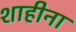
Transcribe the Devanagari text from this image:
शाहीना